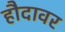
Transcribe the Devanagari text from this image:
हौदावर